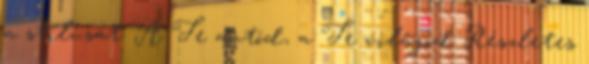
a stílusát. A Te autód, a Te világod Részletes